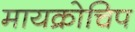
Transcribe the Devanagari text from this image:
मायक्रोचिप